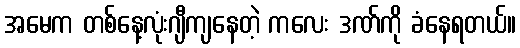
အမေက တစ်နေ့လုံးဂျီကျနေတဲ့ ကလေး ဒဏ်ကို ခံနေရတယ်။